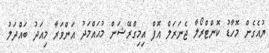
ޔުއެގެން މޮހާޑު ކޮންޓްރޯލާ ޖެނަރަލް އޮފް އިމިގްރޭޝަން މުޙައްމަދު އަންވަރާ މިއަދު ބައްދަލު